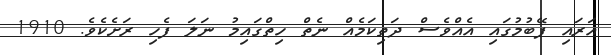
އަރައި ފޭބުމުގައި އެއްވެސް ދަތިކަމެއް ނެތް ހިތްގައިމު ނަލަ ފެހި ރަށެކެވެ. 1910